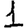
Digit: 1